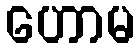
ဟောမ